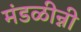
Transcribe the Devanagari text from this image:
मंडळीन्नी